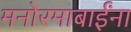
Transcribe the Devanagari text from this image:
मनोरमाबाईंना